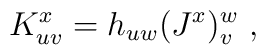
K^x_{uv} = h_{uw} (J^x)^w_v\ ,